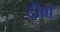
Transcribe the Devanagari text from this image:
दीबो